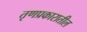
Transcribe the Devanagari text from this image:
तृणप्रकारातील